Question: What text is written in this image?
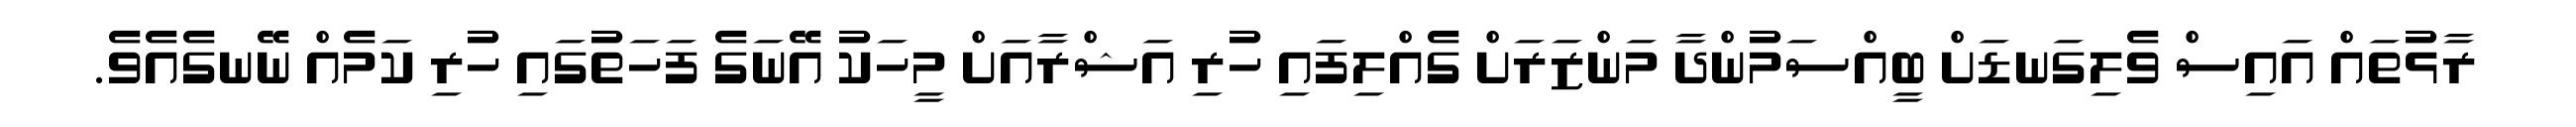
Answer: ރާޅުތައް އައިސް ވެލިގަނޑަށް ބީއްސަމުންދާ މަންޒަރަށް ގެއްލިފައި ހުރި އަޝްރާއަށް މީހަކު އޭނަގެ ފަހަތުގައި ހުރި ކަމެއް ނޭނގެއެވެ.